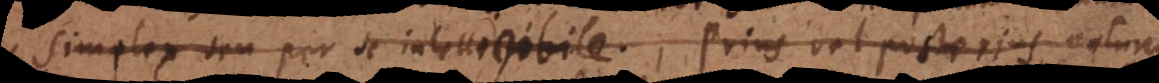
Simplex seu per se intelligibile. Prius aut posterius natura.